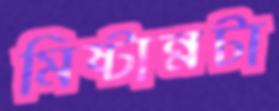
মিষ্টান্নটা